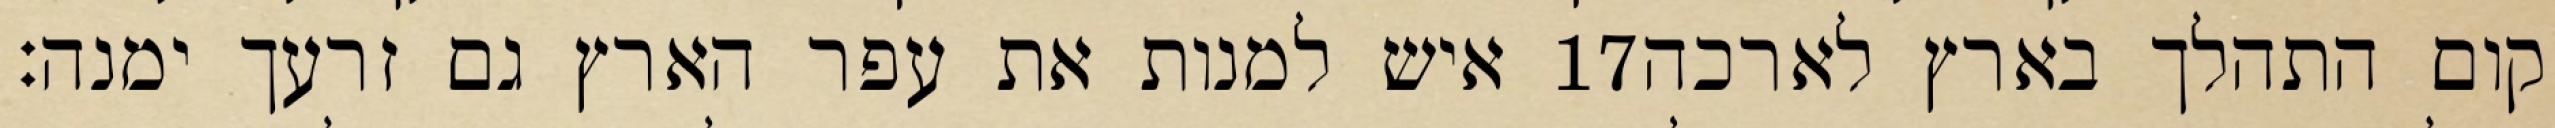
איש למנות את עפר הארץ גם זרעך ימנה׃ ‎17‏ קום התהלך בארץ לארכה